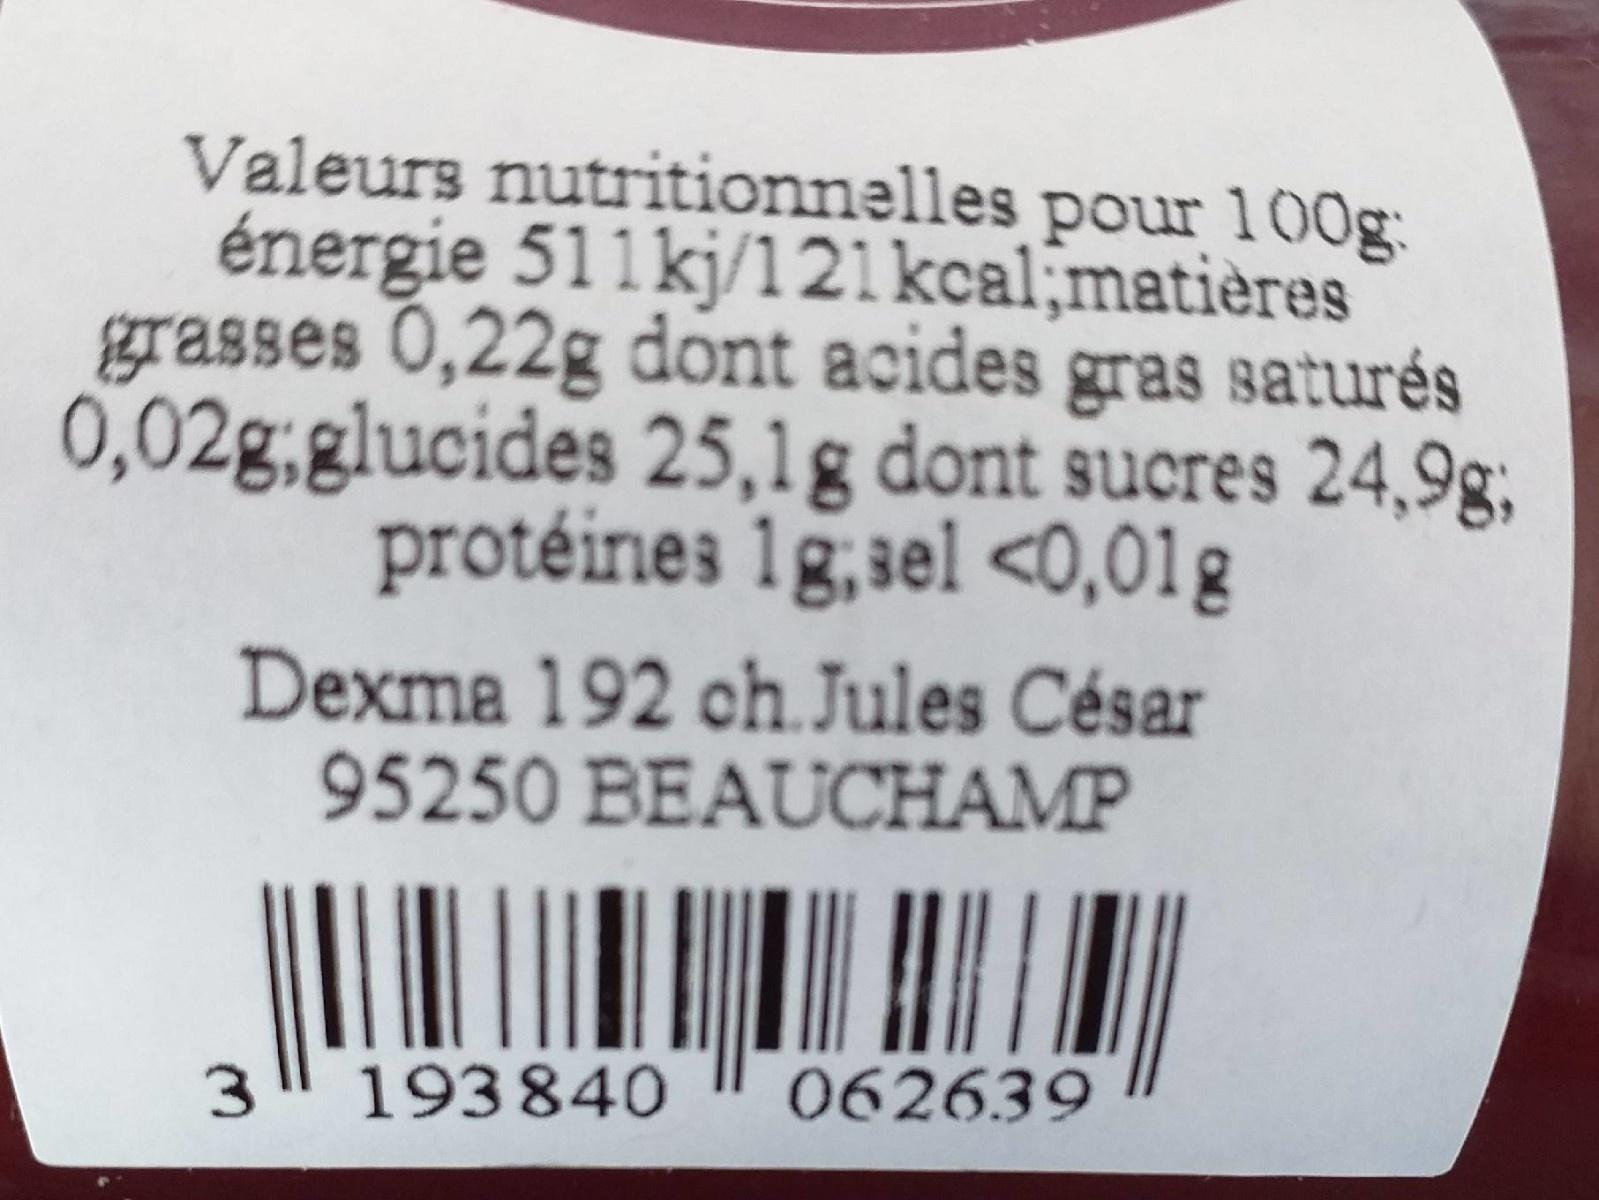
Valeurs nutritionnelles pour 100g: énergie 511kj/121kcal;matières grasses 0,22g dont acides gras saturés 0,02g,glucides 25,1g dont sucres 24,9g; protéines 1g,3el <0,01g Dexma 192 ch Jules César 95250 BEAUCHAMP 193840 062639